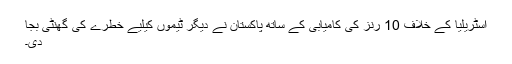
آسٹریلیا کے خلاف 10 رنز کی کامیابی کے ساتھ پاکستان نے دیگر ٹیموں کیلیے خطرے کی گھنٹی بجا
دی۔